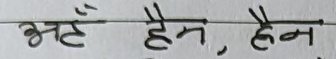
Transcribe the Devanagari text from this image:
भेट्टै हेन, हेन.